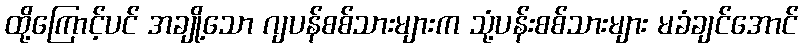
ထို့ကြောင့်ပင် အချို့သော ဂျပန်စစ်သားများက သုံ့ပန်းစစ်သားများ မခံချင်အောင်